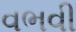
વભવી